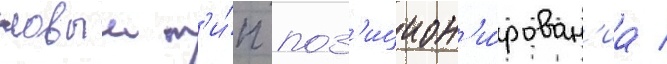
новыи т'и́п поз'ицион'и́рован'иа /